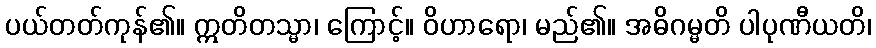
ပယ်တတ်ကုန်၏။ ဣတိတသ္မာ၊ ကြောင့်။ ဝိဟာရော၊ မည်၏။ အဓိဂမ္မတိ ပါပုဏီယတိ၊